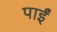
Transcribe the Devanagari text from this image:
पाईंं